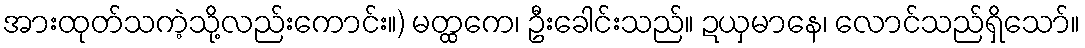
အားထုတ်သကဲ့သို့လည်းကောင်း။) မတ္ထကေ၊ ဦးခေါင်းသည်။ ဍယှမာနေ၊ လောင်သည်ရှိသော်။